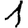
Digit: 1